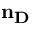
\mathbf { n _ { D } }